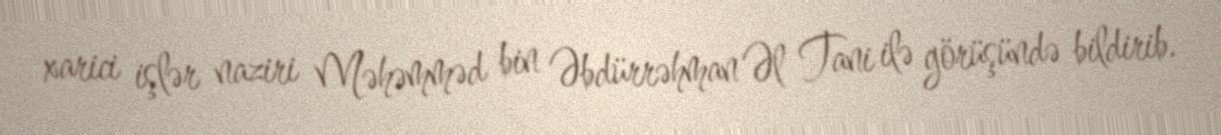
xarici işlər naziri Məhəmməd bin Əbdürrəhman Əl Tani ilə görüşündə bildirib.